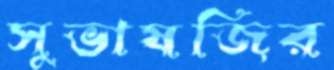
সুভাষজির